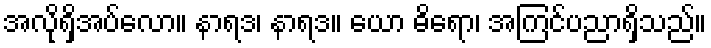
အလိုရှိအပ်လော။ နာရဒ၊ နာရဒ။ ယော ဓိရော၊ အကြင်ပညာရှိသည်။